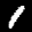
Label: 1